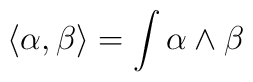
\langle \alpha , \beta \rangle = \int \alpha \wedge \beta